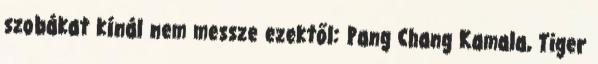
szobákat kínál nem messze ezektől: Pang Chang Kamala, Tiger